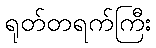
ရုတ်တရက်ကြီး